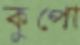
কুপো